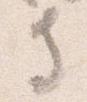
寺